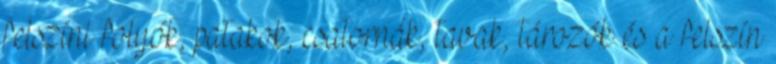
felszíni folyók, patakok, csatornák, tavak, tározók és a felszín